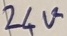
Text: 24V